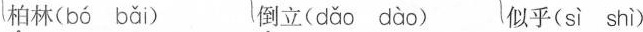
柏林( bó bǎi ) 倒立( dǎo dào ) 似乎( sì shì )